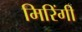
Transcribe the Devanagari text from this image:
मिरिंगी